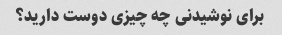
برای نوشیدنی چه چیزی دوست دارید؟